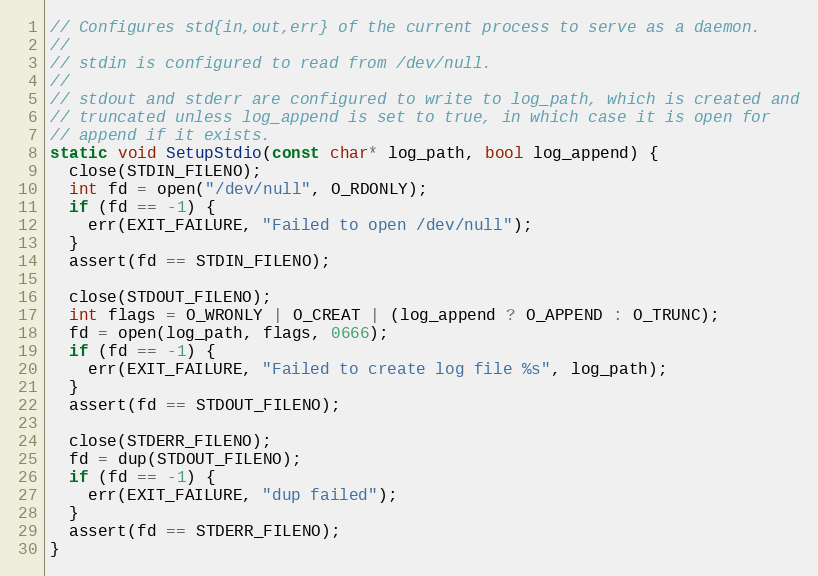
Language: C
// Configures std{in,out,err} of the current process to serve as a daemon.
//
// stdin is configured to read from /dev/null.
//
// stdout and stderr are configured to write to log_path, which is created and
// truncated unless log_append is set to true, in which case it is open for
// append if it exists.
static void SetupStdio(const char* log_path, bool log_append) {
  close(STDIN_FILENO);
  int fd = open("/dev/null", O_RDONLY);
  if (fd == -1) {
    err(EXIT_FAILURE, "Failed to open /dev/null");
  }
  assert(fd == STDIN_FILENO);

  close(STDOUT_FILENO);
  int flags = O_WRONLY | O_CREAT | (log_append ? O_APPEND : O_TRUNC);
  fd = open(log_path, flags, 0666);
  if (fd == -1) {
    err(EXIT_FAILURE, "Failed to create log file %s", log_path);
  }
  assert(fd == STDOUT_FILENO);

  close(STDERR_FILENO);
  fd = dup(STDOUT_FILENO);
  if (fd == -1) {
    err(EXIT_FAILURE, "dup failed");
  }
  assert(fd == STDERR_FILENO);
}